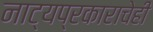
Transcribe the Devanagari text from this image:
नाट्यप्रकाराचेही